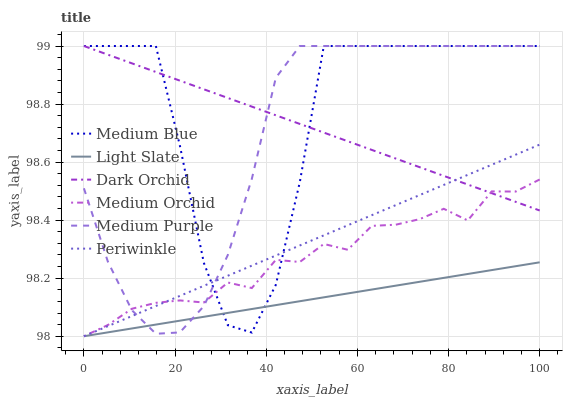
| xaxis_label | Medium Blue | Light Slate | Dark Orchid | Medium Orchid | Medium Purple | Periwinkle |
 | --- | --- | --- | --- | --- | --- | --- |
 | 0 | 99 | 98 | 99 | 98 | 98.5 | 98 |
 | 5.26 | 99 | 98 | 99 | 98 | 98.3 | 98 |
 | 10.5 | 99 | 98 | 98.9 | 98.1 | 98.1 | 98.1 |
 | 15.8 | 99 | 98 | 98.9 | 98.1 | 98 | 98.1 |
 | 21.1 | 98.7 | 98.1 | 98.9 | 98.1 | 98 | 98.1 |
 | 26.3 | 98.3 | 98.1 | 98.9 | 98.1 | 98.1 | 98.2 |
 | 31.6 | 98 | 98.1 | 98.8 | 98.2 | 98.3 | 98.2 |
 | 36.8 | 98 | 98.1 | 98.8 | 98.2 | 98.5 | 98.2 |
 | 42.1 | 98.2 | 98.1 | 98.8 | 98.3 | 98.9 | 98.3 |
 | 47.4 | 98.5 | 98.1 | 98.7 | 98.3 | 99 | 98.3 |
 | 52.6 | 99 | 98.1 | 98.7 | 98.3 | 99 | 98.3 |
 | 57.9 | 99 | 98.1 | 98.7 | 98.3 | 99 | 98.4 |
 | 63.2 | 99 | 98.2 | 98.6 | 98.4 | 99 | 98.4 |
 | 68.4 | 99 | 98.2 | 98.6 | 98.4 | 99 | 98.5 |
 | 73.7 | 99 | 98.2 | 98.6 | 98.4 | 99 | 98.5 |
 | 78.9 | 99 | 98.2 | 98.6 | 98.4 | 99 | 98.5 |
 | 84.2 | 99 | 98.2 | 98.5 | 98.4 | 99 | 98.6 |
 | 89.5 | 99 | 98.2 | 98.5 | 98.5 | 99 | 98.6 |
 | 94.7 | 99 | 98.2 | 98.5 | 98.5 | 99 | 98.6 |
 | 100 | 99 | 98.3 | 98.4 | 98.5 | 99 | 98.7 |